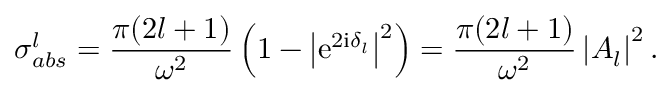
\sigma _ { a b s } ^ { l } = \frac { \pi ( 2 l + 1 ) } { \omega ^ { 2 } } \left( 1 - \left| \mathrm { e } ^ { 2 \mathrm { i } \delta _ { l } } \right| ^ { 2 } \right) = \frac { \pi ( 2 l + 1 ) } { \omega ^ { 2 } } \left| A _ { l } \right| ^ { 2 } .